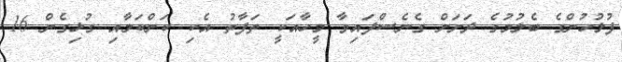
ފުލުހުންގެ ބެލުމުގެ ދަށަށް ގެނެސްފައިވާ މީހާއަކީ ތަފާތު އެކި ކަންކަމާއި ގުޅިގެން 16